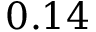
0 . 1 4